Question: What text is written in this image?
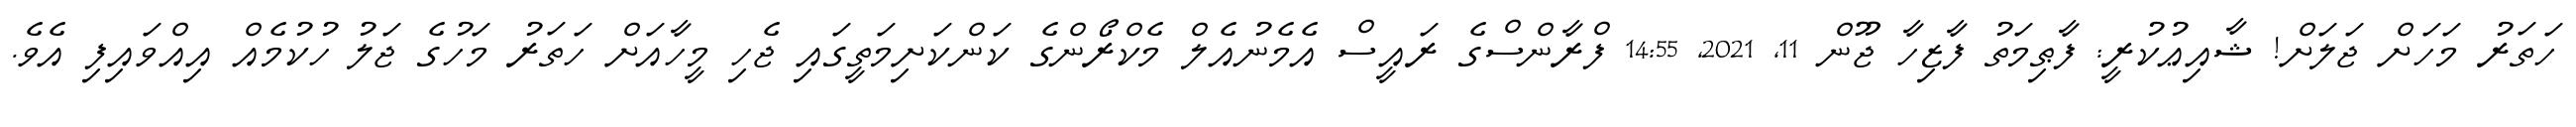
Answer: ހަތަރު މަހަށް ޖަލަށް! ޝާއިޢުކުރީ: ފާޠިމަތު ފާޒިހާ ޖޫން 11, 2021, 14:55 ފްރާންސްގެ ރައީސް އެމެނުއެލް މެކްރޯންގެ ކަންކަށިމަތީގައި ޖެހި މީހާއަށް ހަތަރު މަހުގެ ޖަލު ހުކުމެއް އިއްވައިފި އެވެ.